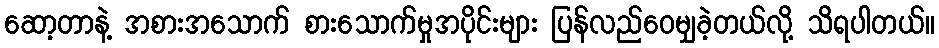
ဆော့တာနဲ့ အစားအသောက် စားသောက်မှုအပိုင်းများ ပြန်လည်ဝေမျှခဲ့တယ်လို့ သိရပါတယ်။